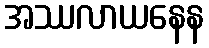
အဿလာယနေန